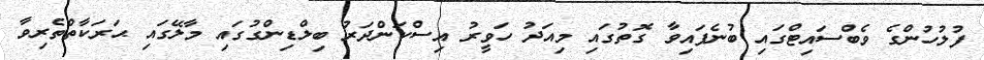
ފުލުހުންގެ ވެބްސައިޓްގައި ބުނެފައިވާ ގޮތުގައި މިއަދު ހަވީރު އިސްކަންދަރު ބިލްޑިންގުގައި މާލޭގައި ޙަރަކާތްތެރިވާ